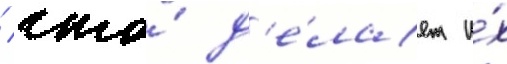
/ что́ д'е́лает и́х